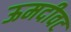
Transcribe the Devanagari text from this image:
ऊमदीवट